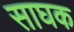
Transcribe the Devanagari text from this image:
साघक